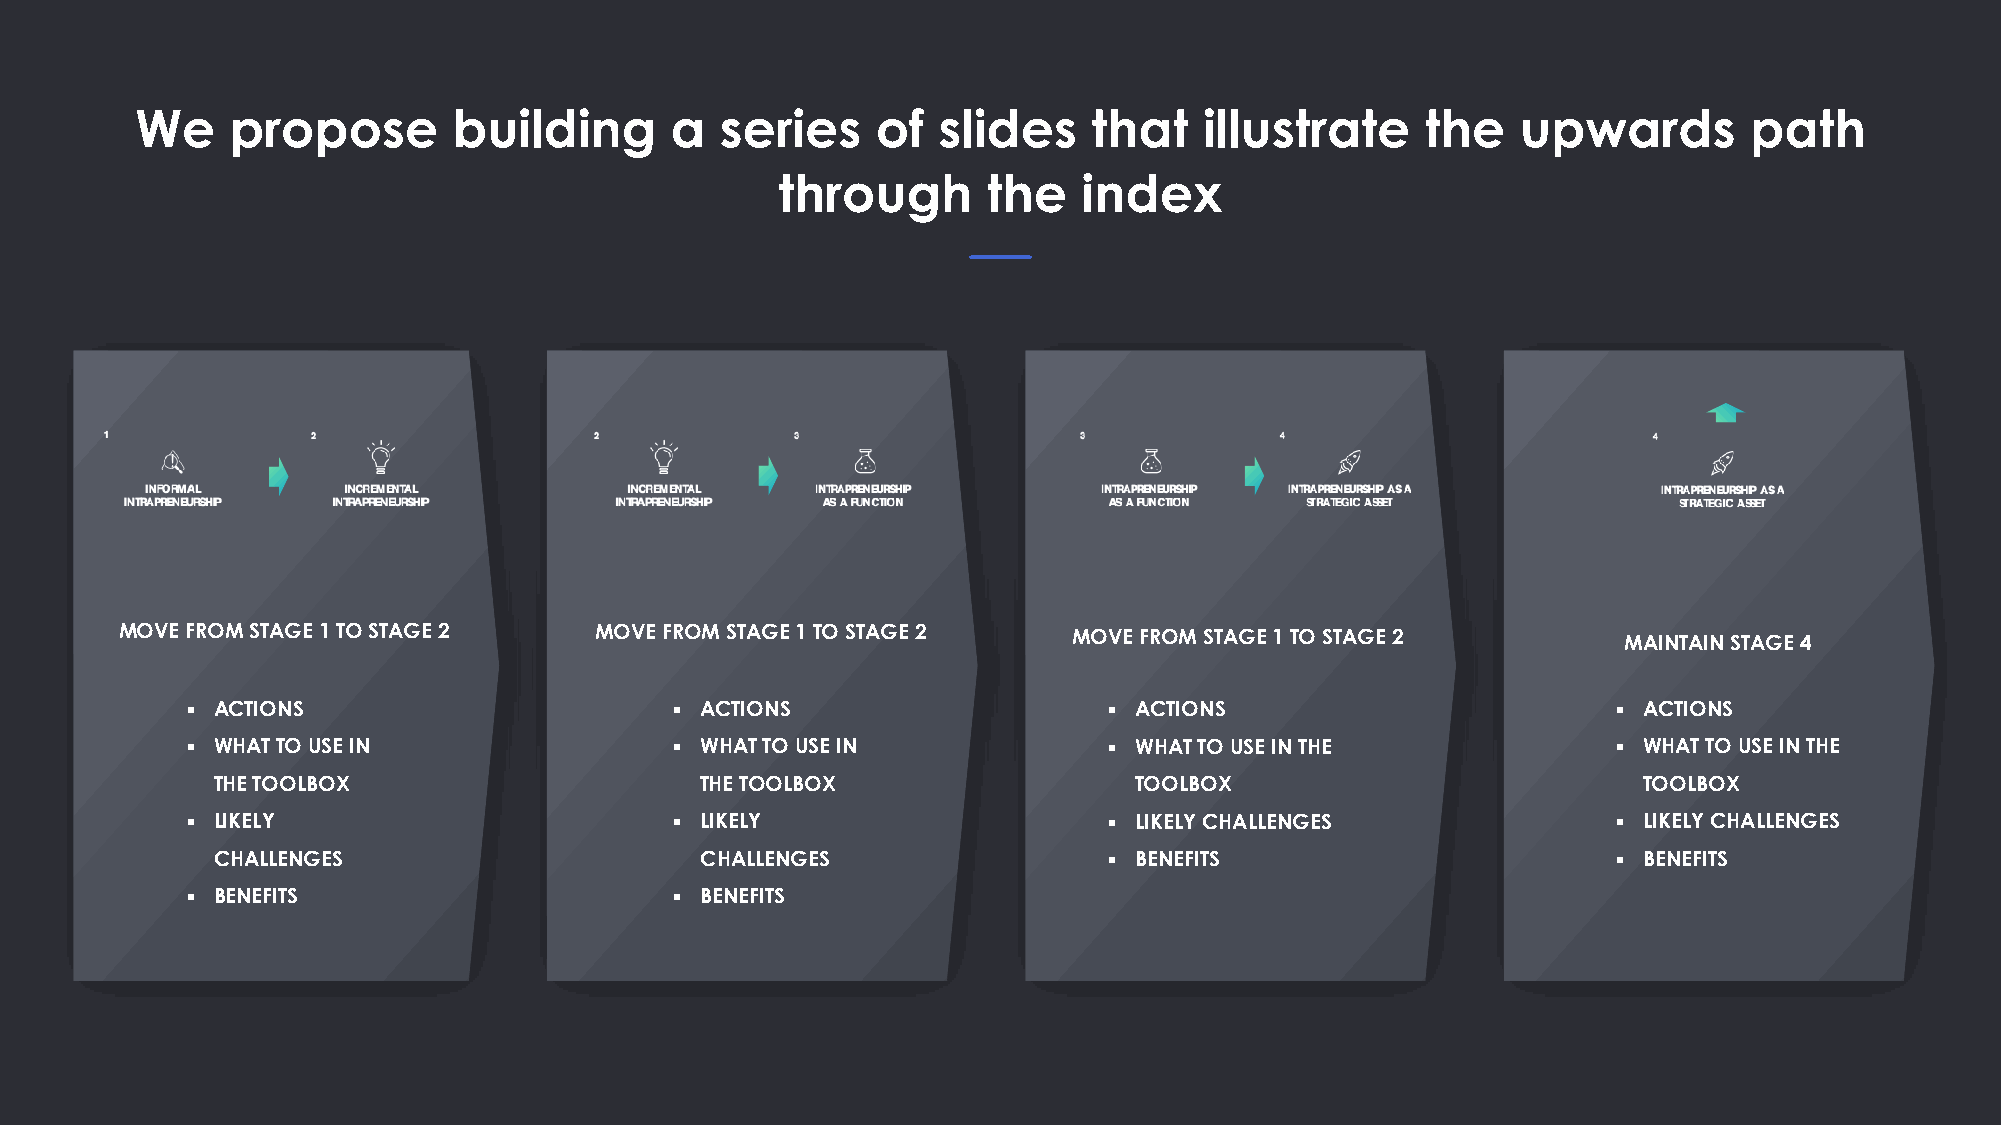
We    propose        building      a   series    of  slides    that    illustrate    the    upwards        path
 through      the    index
 MOVE FROM STAGE 1 TO STAGE 2   MOVE FROM STAGE 1 TO STAGE 2    MOVE FROM STAGE 1 TO STAGE 2        MAINTAIN STAGE 4
 ▪ ACTIONS                       ▪ ACTIONS                    ▪ ACTIONS                         ▪ ACTIONS
 ▪ WHAT TO USE IN                ▪ WHAT TO USE IN             ▪ WHAT TO USE IN THE              ▪ WHAT TO USE IN THE
 THE TOOLBOX                     THE TOOLBOX                  TOOLBOX                           TOOLBOX
 ▪ LIKELY                        ▪ LIKELY                     ▪ LIKELY CHALLENGES               ▪ LIKELY CHALLENGES
 CHALLENGES                      CHALLENGES                 ▪ BENEFITS                        ▪ BENEFITS
 ▪ BENEFITS                      ▪ BENEFITS